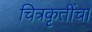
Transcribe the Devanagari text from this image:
चित्रकृतींचा